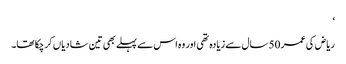
‘
ریاض کی عمر 50 سال سے زیادہ تھی اور وہ اس سے پہلے بھی تین شادیاں کرچکا تھا۔